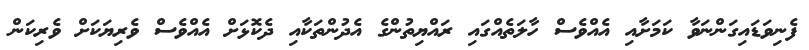
ފެނިވަޑައިގަންނަވާ ކަމަށާއި އެއްވެސް ހާލަތެއްގައި ރައްޔިތުންގެ އެދުންތަކާއި ދެކޮޅަށް އެއްވެސް ވެރިޔަކަށް ވެރިކަން